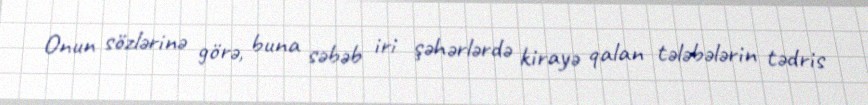
Onun sözlərinə görə, buna səbəb iri şəhərlərdə kirayə qalan tələbələrin tədris